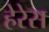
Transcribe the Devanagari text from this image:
हेरेस